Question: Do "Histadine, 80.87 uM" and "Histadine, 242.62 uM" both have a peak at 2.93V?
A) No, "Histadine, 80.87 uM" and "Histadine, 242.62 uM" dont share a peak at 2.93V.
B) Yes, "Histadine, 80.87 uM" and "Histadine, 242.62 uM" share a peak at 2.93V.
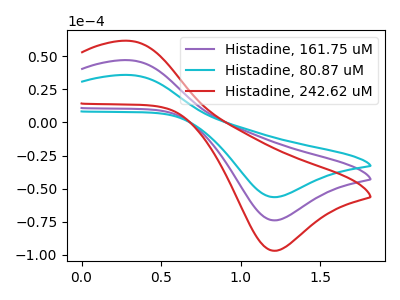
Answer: <think>The purple curve "Histadine, 161.75 uM" has an anodic peak at (0.30V, 47.15uA) and a cathodic peak at (1.20V, -73.95uA). The cyan curve "Histadine, 80.87 uM" has an anodic peak at (0.30V, 35.95uA) and a cathodic peak at (1.20V, -56.45uA). The red curve "Histadine, 242.62 uM" has an anodic peak at (0.30V, 94.30uA) and a cathodic peak at (1.20V, -147.95uA).</think>
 <answer>A) No, "Histadine, 80.87 uM" and "Histadine, 242.62 uM" dont share a peak at 2.93V.</answer>
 <eval>A</eval>